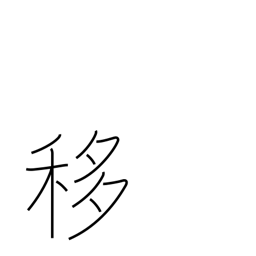
Meaning: shift